Vaccination in Bombay 1863-1868 - 1863-1868
Year: 1863
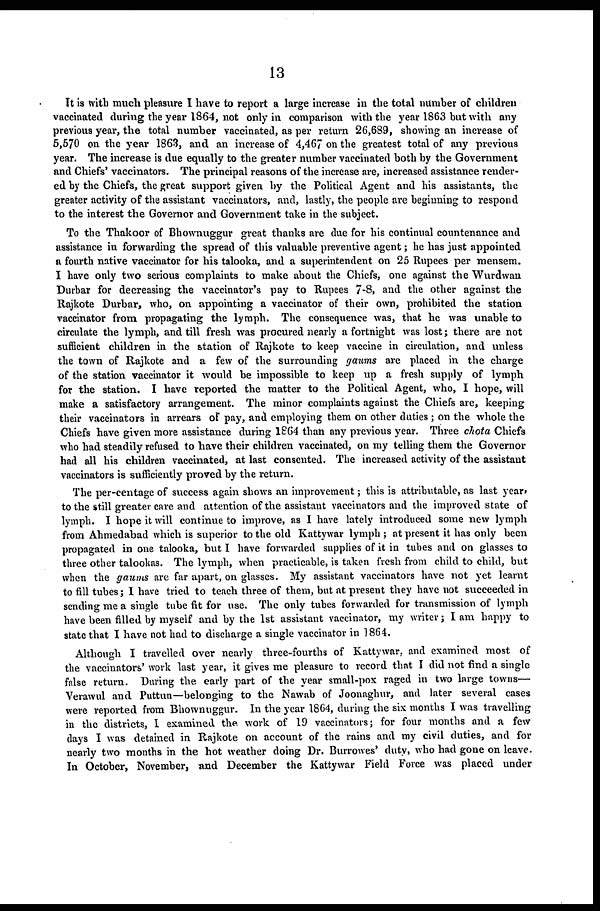
13
It is with much pleasure I have to report a large increase in the total number of children
vaccinated during the year 1864, not only in comparison with the year 1863 but with any
previous year, the total number vaccinated, as per return 26,689, showing an increase of
5,570 on the year 1863, and an increase of 4,467 on the greatest total of any previous
year. The increase is due equally to the greater number vaccinated both by the Government
and Chiefs' vaccinators. The principal reasons of the increase are, increased assistance render-
ed by the Chiefs, the great support given by the Political Agent and his assistants, the
greater activity of the assistant vaccinators, and, lastly, the people are beginning to respond
to the interest the Governor and Government take in the subject.
To the Thakoor of Bhownuggur great thanks are due for his continual countenance and
assistance in forwarding the spread of this valuable preventive agent; he has just appointed
a fourth native vaccinator for his talooka, and a superintendent on 25 Rupees per mensem.
I have only two serious complaints to make about the Chiefs, one against the Wurdwan
Durbar for decreasing the vaccinator's pay to Rupees 7-8, and the other against the
Rajkote Durbar, who, on appointing a vaccinator of their own, prohibited the station
vaccinator from propagating the lymph. The consequence was, that he was unable to
circulate the lymph, and till fresh was procured nearly a fortnight was lost; there are not
sufficient children in the station of Rajkote to keep vaccine in circulation, and unless
the town of Rajkote and a few of the surrounding gaums are placed in the charge
of the station vaccinator it would be impossible to keep up a fresh supply of lymph
for the station. I have reported the matter to the Political Agent, who, I hope, will
make a satisfactory arrangement. The minor complaints against the Chiefs are, keeping
their vaccinators in arrears of pay, and employing them on other duties ; on the whole the
Chiefs have given more assistance during 1864 than any previous year. Three chtota Chiefs
who had steadily refused to have their children vaccinated, on my telling them the Governor
had all his children vaccinated, at last consented. The increased activity of the assistant
vaccinators is sufficiently proved by the return.
The per-centage of success again shows an improvement; this is attributable, as last year.
to the still greater care and attention of the assistant vaccinators and the improved state of
lymph. I hope it will continue to improve, as I have lately introduced some new lymph
from Ahmedabad which is superior to the old Kattywar lymph ; at present it has only been
propagated in one talooka, but I have forwarded supplies of it in tubes and on glasses to
three other talookas. The lymph, when practicable, is taken fresh from child to child, but
when the gaums are far apart, on glasses. My assistant vaccinators have not yet learnt
to fill tubes; I have tried to teach three of them, but at present they have not succeeded in
sending me a single tube fit for use. The only tubes forwarded for transmission of lymph
have been filled by myself and by the 1st assistant vaccinator, my writer; I am happy to
state that I have not had to discharge a single vaccinator in 1864.
Although I travelled over nearly three-fourths of Kattywar, and examined most of
the vaccinators' work last year, it gives me pleasure to record that I did not find a single
false return. During the. early part of the year small-pox raged in two large towns—
Verawul and Puttun—belonging to the Nawab of Joonaghur, and later several cases
were reported from Bhownuggur. In the year 1864, during the six months I was travelling
in the districts, I examined the. work of 19 vaccinators; for four months and a few
days I was detained in Rajkote on account of the rains and my civil duties, and for
nearly two months in the hot weather doing Dr. Burrowes' duty, who had gone on leave.
In October, November, and December the Kattywar Field Force was placed under